Civil Veterinary Department ledger series I-VI
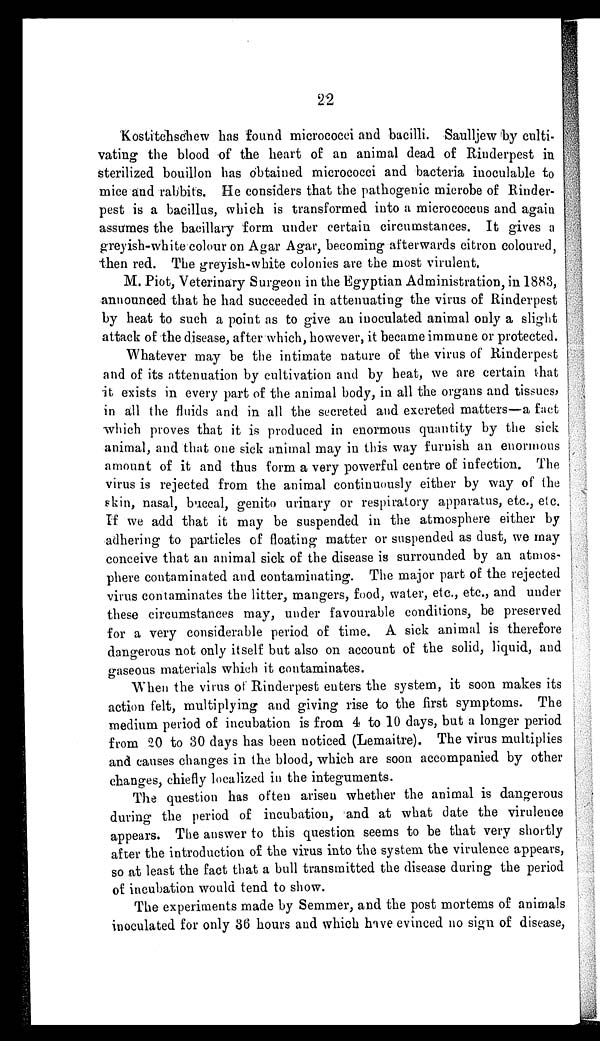
22
Kostitchschew has found micrococci and bacilli. Saulljew by culti-
vating the blood of the heart of an animal dead of Rinderpest in
sterilized bouillon has obtained micrococci and bacteria inoculable to
mice and rabbits. He considers that the pathogenic microbe of Rinder-
pest is a bacillus, which is transformed into a micrococcus and again
assumes the bacillary form under certain circumstances. It gives a
greyish-white colour on Agar Agar, becoming afterwards citron coloured,
then red. The greyish-white colonies are the most virulent.
M. Piot, Veterinary Surgeon in the Egyptian Administration, in 1883,
announced that he had succeeded in attenuating the virus of Rinderpest
by heat to such a point as to give an inoculated animal only a slight
attack of the disease, after which, however, it became immune or protected.
Whatever may be the intimate nature of the virus of Rinderpest
and of its attenuation by cultivation and by heat, we are certain tha
it exists in every part of the animal body, in all the organs and tissues,
in all the fluids and in all the secreted and excreted matters—a fact
which proves that it is produced in enormous quantity by the sick
animal, and that one sick animal may in this way furnish an enormou
amount of it and thus form a very powerful centre of infection. The
virus is rejected from the animal continuously either by way of the
skin, nasal, buccal, genito urinary or respiratory apparatus, etc., etc.
If we add that it may be suspended in the atmosphere either by
adhering to particles of floating matter or suspended as dust, we may
conceive that an animal sick of the disease is surrounded by an atmos-
phere contaminated and contaminating. The major part of the rejected
virus contaminates the litter, mangers, food, water, etc., etc., and under
these circumstances may, under favourable conditions, be preserved
for a very considerable period of time. A sick animal is therefore
dangerous not only itself but also on account of the solid, liquid, and
gaseous materials which it contaminates.
When the virus of Rinderpest enters the system, it soon makes its
action felt, multiplying and giving rise to the first symptoms. The
medium period of incubation is from 4 to 10 days, but a longer period
from 20 to 30 days has been noticed (Lemaitre). The virus multiplies
and causes changes in the blood, which are soon accompanied by other
changes, chiefly localized in the integuments.
The question has often arisen whether the animal is dangerous
during the period of incubation, and at what date the virulence
appears. The answer to this question seems to be that very shortly
after the introduction of the virus into the system the virulence appears,
so at least the fact that a bull transmitted the disease during the period
of incubation would tend to show.
The experiments made by Semmer, and the post mortems of animals
inoculated for only 36 hours and which have evinced no sign of disease,